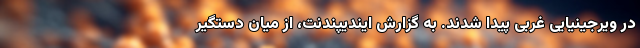
در ویرجینیایی غربی پیدا شدند. به گزارش ایندیپندنت، از میان دستگیر